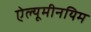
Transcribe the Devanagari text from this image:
ऐल्यूमीनयिम